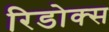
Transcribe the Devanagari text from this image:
रिडोक्स